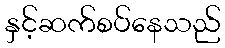
နှင့်ဆက်စပ်နေသည်